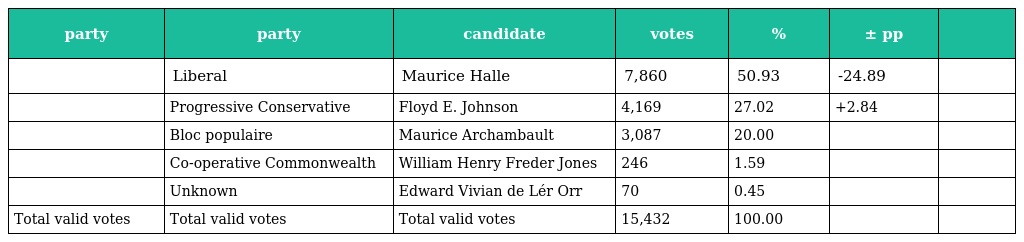
| party | party | candidate | votes | % | ± pp |  |
 | --- | --- | --- | --- | --- | --- | --- |
 |  | Liberal | Maurice Halle | 7,860 | 50.93 | -24.89 |  |
 |  | Progressive Conservative | Floyd E. Johnson | 4,169 | 27.02 | +2.84 |  |
 |  | Bloc populaire | Maurice Archambault | 3,087 | 20.00 |  |  |
 |  | Co-operative Commonwealth | William Henry Freder Jones | 246 | 1.59 |  |  |
 |  | Unknown | Edward Vivian de Lér Orr | 70 | 0.45 |  |  |
 | Total valid votes | Total valid votes | Total valid votes | 15,432 | 100.00 |  |  |